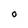
Character: O